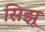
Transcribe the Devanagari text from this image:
सिझू